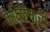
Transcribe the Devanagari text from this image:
कौक्षल्याची